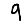
Digit: 9